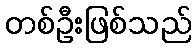
တစ်ဦးဖြစ်သည်